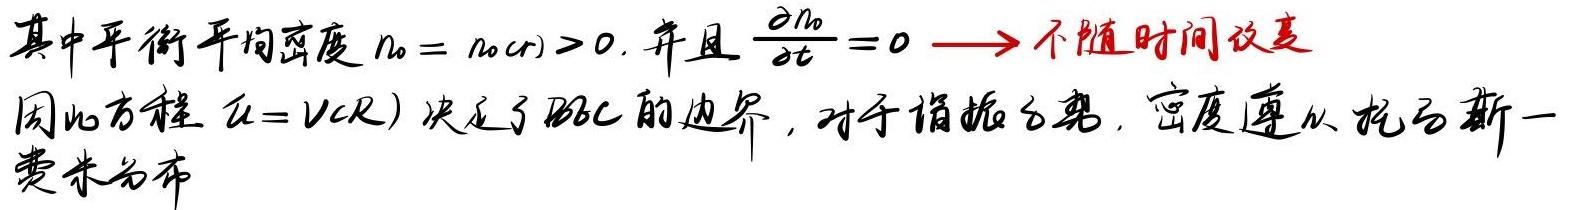
其中平衡平均密度\(n_0 = n_0(r)>0\)，并且\(\frac{\partial n_0}{\partial t}=0\)（意味着不随时间改变）。因此方程\(u = V(R)\)决定了BEC的边界，对于谐振子势，密度遵从托马斯—费米分布。